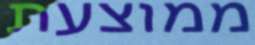
ממוצעת